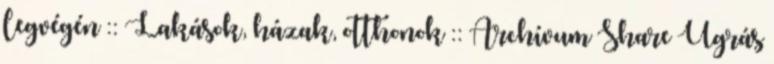
legvégén :: Lakások, házak, otthonok :: Archívum Share Ugrás